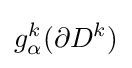
g_{\alpha }^{k}(\partial D^{k})